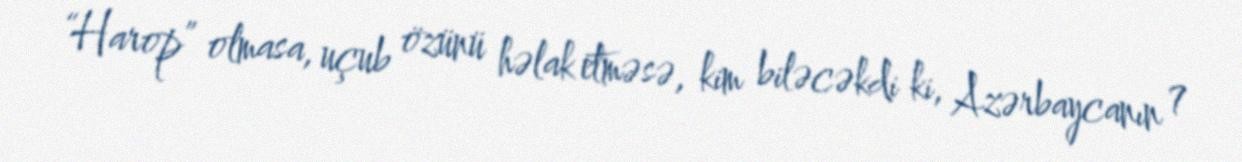
“Harop” olmasa, uçub özünü həlak etməsə, kim biləcəkdi ki, Azərbaycanın 7